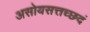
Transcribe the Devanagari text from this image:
असोयसत्तच्छदं